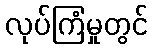
လုပ်ကြံမှုတွင်